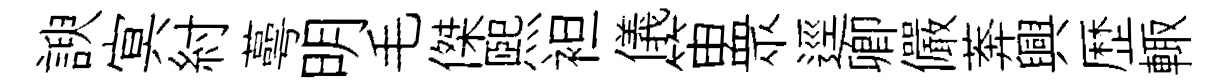
諛㝠紂蕚明毛傑煕袒儀笛衆逕卿儼莾興歴輙